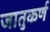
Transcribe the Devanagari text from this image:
जातुकर्ण